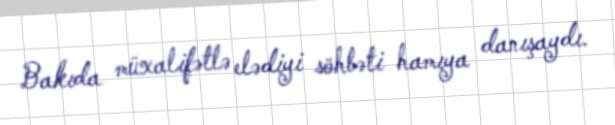
Bakıda müxalifətlə elədiyi söhbəti hamıya danışaydı.